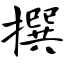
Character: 撰